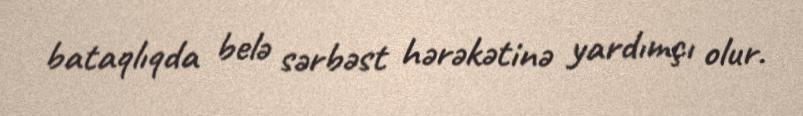
bataqlıqda belə sərbəst hərəkətinə yardımçı olur.